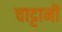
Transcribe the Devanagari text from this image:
चाट्टानी